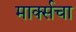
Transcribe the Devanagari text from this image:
मार्क्सचा